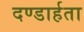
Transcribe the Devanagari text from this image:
दण्डार्हता